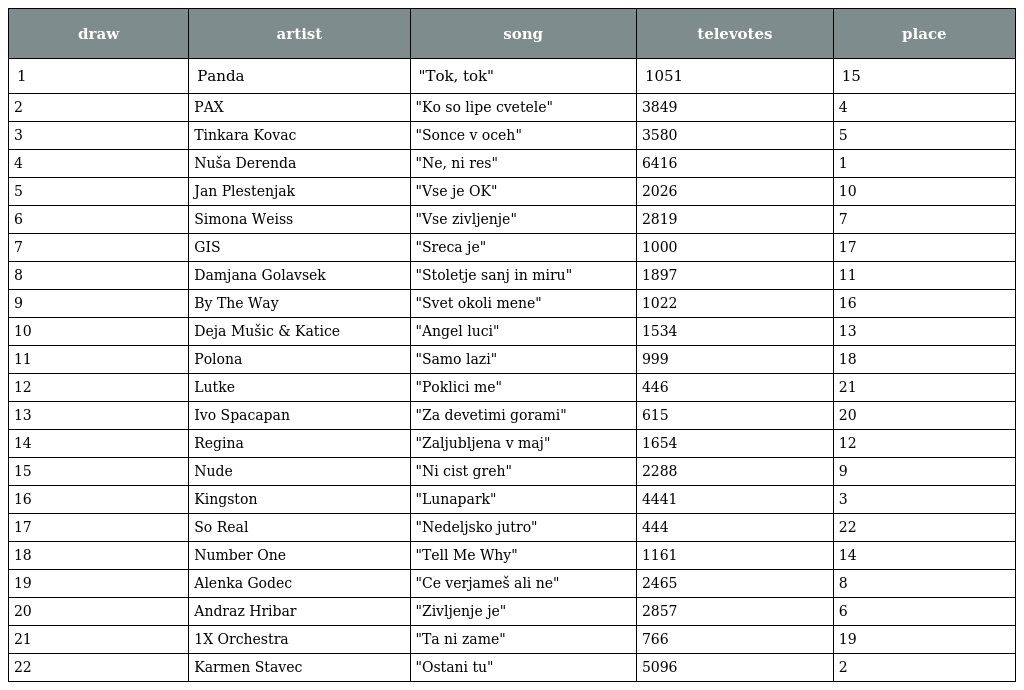
| draw | artist | song | televotes | place |
 | --- | --- | --- | --- | --- |
 | 1 | Panda | "Tok, tok" | 1051 | 15 |
 | 2 | PAX | "Ko so lipe cvetele" | 3849 | 4 |
 | 3 | Tinkara Kovac | "Sonce v oceh" | 3580 | 5 |
 | 4 | Nuša Derenda | "Ne, ni res" | 6416 | 1 |
 | 5 | Jan Plestenjak | "Vse je OK" | 2026 | 10 |
 | 6 | Simona Weiss | "Vse zivljenje" | 2819 | 7 |
 | 7 | GIS | "Sreca je" | 1000 | 17 |
 | 8 | Damjana Golavsek | "Stoletje sanj in miru" | 1897 | 11 |
 | 9 | By The Way | "Svet okoli mene" | 1022 | 16 |
 | 10 | Deja Mušic & Katice | "Angel luci" | 1534 | 13 |
 | 11 | Polona | "Samo lazi" | 999 | 18 |
 | 12 | Lutke | "Poklici me" | 446 | 21 |
 | 13 | Ivo Spacapan | "Za devetimi gorami" | 615 | 20 |
 | 14 | Regina | "Zaljubljena v maj" | 1654 | 12 |
 | 15 | Nude | "Ni cist greh" | 2288 | 9 |
 | 16 | Kingston | "Lunapark" | 4441 | 3 |
 | 17 | So Real | "Nedeljsko jutro" | 444 | 22 |
 | 18 | Number One | "Tell Me Why" | 1161 | 14 |
 | 19 | Alenka Godec | "Ce verjameš ali ne" | 2465 | 8 |
 | 20 | Andraz Hribar | "Zivljenje je" | 2857 | 6 |
 | 21 | 1X Orchestra | "Ta ni zame" | 766 | 19 |
 | 22 | Karmen Stavec | "Ostani tu" | 5096 | 2 |